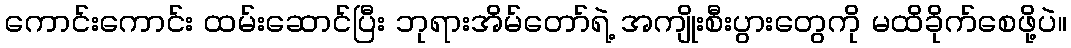
ကောင်းကောင်း ထမ်းဆောင်ပြီး ဘုရားအိမ်တော်ရဲ့ အကျိုးစီးပွားတွေကို မထိခိုက်စေဖို့ပဲ။